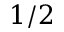
1 / 2